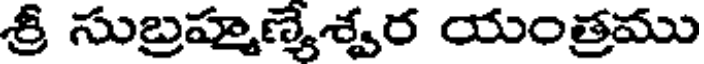
శ్రీ సుబ్రహ్మణ్యేశ్వర యంత్రము